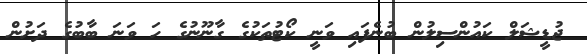
ޖުޑީޝަލް ކައުންސިލުން ބުނެފައި ވަނީ ކޯޓުތަކުގެ ގާނޫނުގެ ހަ ވަނަ ބާބުގެ ދަށުން